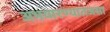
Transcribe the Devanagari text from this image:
अभयारण्यातजसा